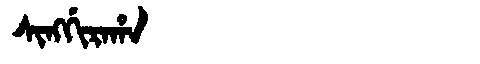
Manchu: ᠰᡳᠩᡤᡳᡵᠠᡥᠠ
Romanization: SINGGIRAHA